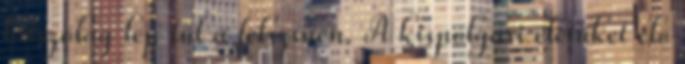
látszólag lép túl a felszínen. A kispolgári életüket élő